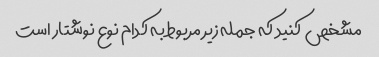
مشخص کنید که جمله زیر مربوط به کدام نوع نوشتار است